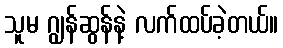
သူမ ဂျွန်ဆွန်နဲ့ လက်ထပ်ခဲ့တယ်။